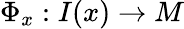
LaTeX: \Phi_{x}:I(x)\to M